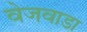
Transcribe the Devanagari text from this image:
वेजवाडा